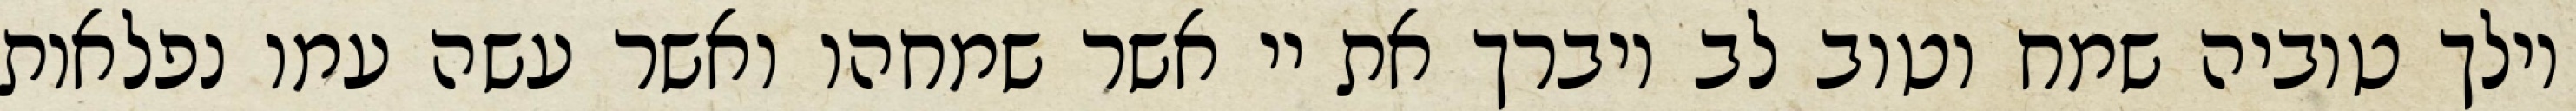
וילך טוביה שמח וטוב לב ויברך את יי אשר שמחהו ואשר עשה עמו נפלאות